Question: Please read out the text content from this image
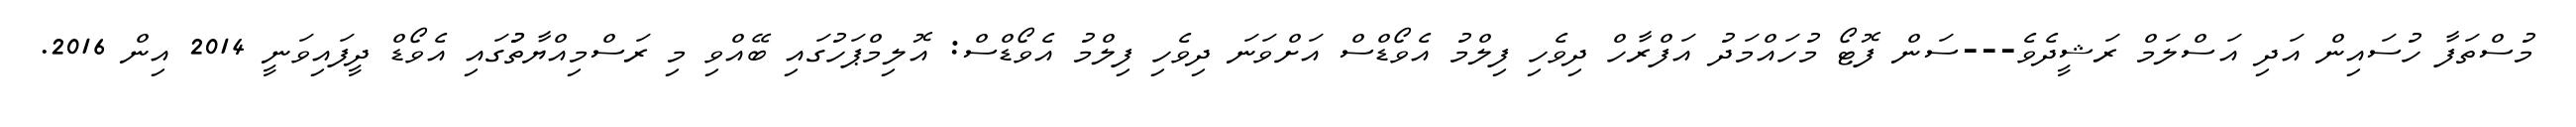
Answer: މުސްތަފާ ހުސައިން އަދި އަސްލަމް ރަޝީދެވެ---ސަން ފޮޓޯ މުހައްމަދު އަފްރާހް ދިވެހި ފިލްމު އެވޯޑްސް އަށްވަނަ ދިވެހި ފިލްމު އެވޯޑްސް: އޮލިމްޕަހުގައި ބޭއްވި މި ރަސްމިއްޔާތުުގައި އެވޯޑް ދީފައިވަނީ 2014 އިން 2016.